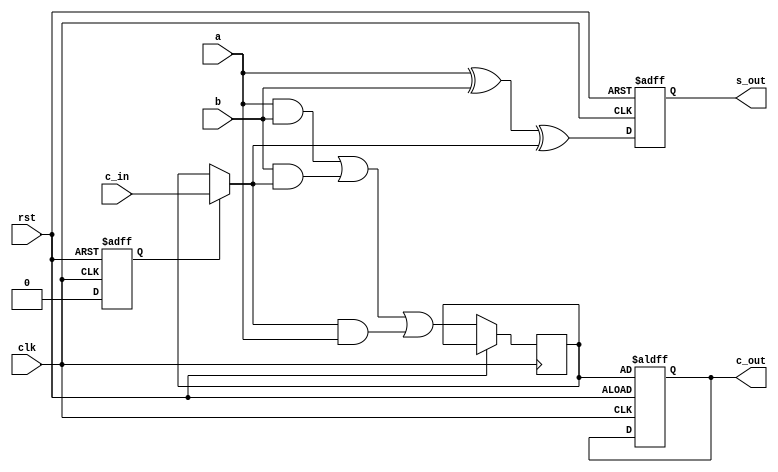
module seradd(a, b, c_in, c_out, s_out, clk, rst);
     input a, b, c_in;
	  input clk, rst;
	  output c_out;
     output s_out;
		
	  reg s_out, c_out, c, firstitr = 1;

	  always @(posedge clk or posedge rst) begin
	  #1
	  if (rst == 1) begin
		  c_out = c;
		  firstitr = 1;
		  s_out = 0;
     end 
	  else begin
		  if (firstitr) begin
				c = c_in;
				firstitr = 0;
		  end
		  s_out = a ^ b ^ c;
		  c = (a&b) | (b&c) | (c&a);
	 end
	 end
endmodule